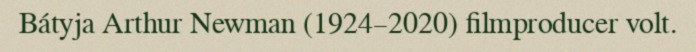
Bátyja Arthur Newman (1924–2020) filmproducer volt.